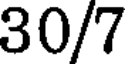
30/7